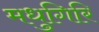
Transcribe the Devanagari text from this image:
मधुगिरि